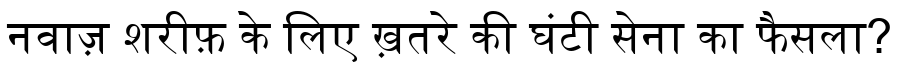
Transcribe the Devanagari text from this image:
नवाज़ शरीफ़ के लिए ख़तरे की घंटी सेना का फैसला?